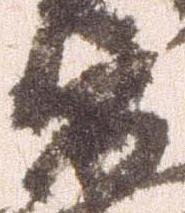
衛